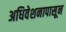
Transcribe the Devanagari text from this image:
अधिवेशनापासून